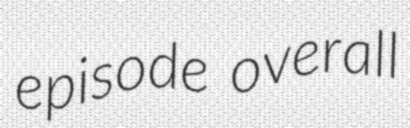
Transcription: episode overall